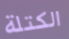
الكتلة